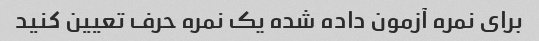
برای نمره آزمون داده شده یک نمره حرف تعیین کنید